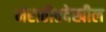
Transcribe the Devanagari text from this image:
मराठीतदेखील